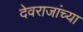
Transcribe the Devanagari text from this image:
देवराजांच्या